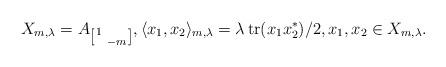
LaTeX: \begin{align*}X_{m,\lambda}=A_{\left[\begin{smallmatrix} 1 & \\ & -m \end{smallmatrix} \right]}, \langle x_1,x_2 \rangle_{m,\lambda} = \lambda\,\mathrm{tr}(x_1x_2^*)/2, x_1,x_2 \in X_{m,\lambda}.\end{align*}